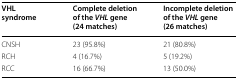
| VHL syndrome | Complete deletion of the VHL gene (24 matches) | Incomplete deletion of the VHL gene (26 matches) |
 | --- | --- | --- |
 | CNSH | 23 (95.8%) | 21 (80.8%) |
 | RCH | 4 (16.7%) | 5 (19.2%) |
 | RCC | 16 (66.7%) | 13 (50.0%) |